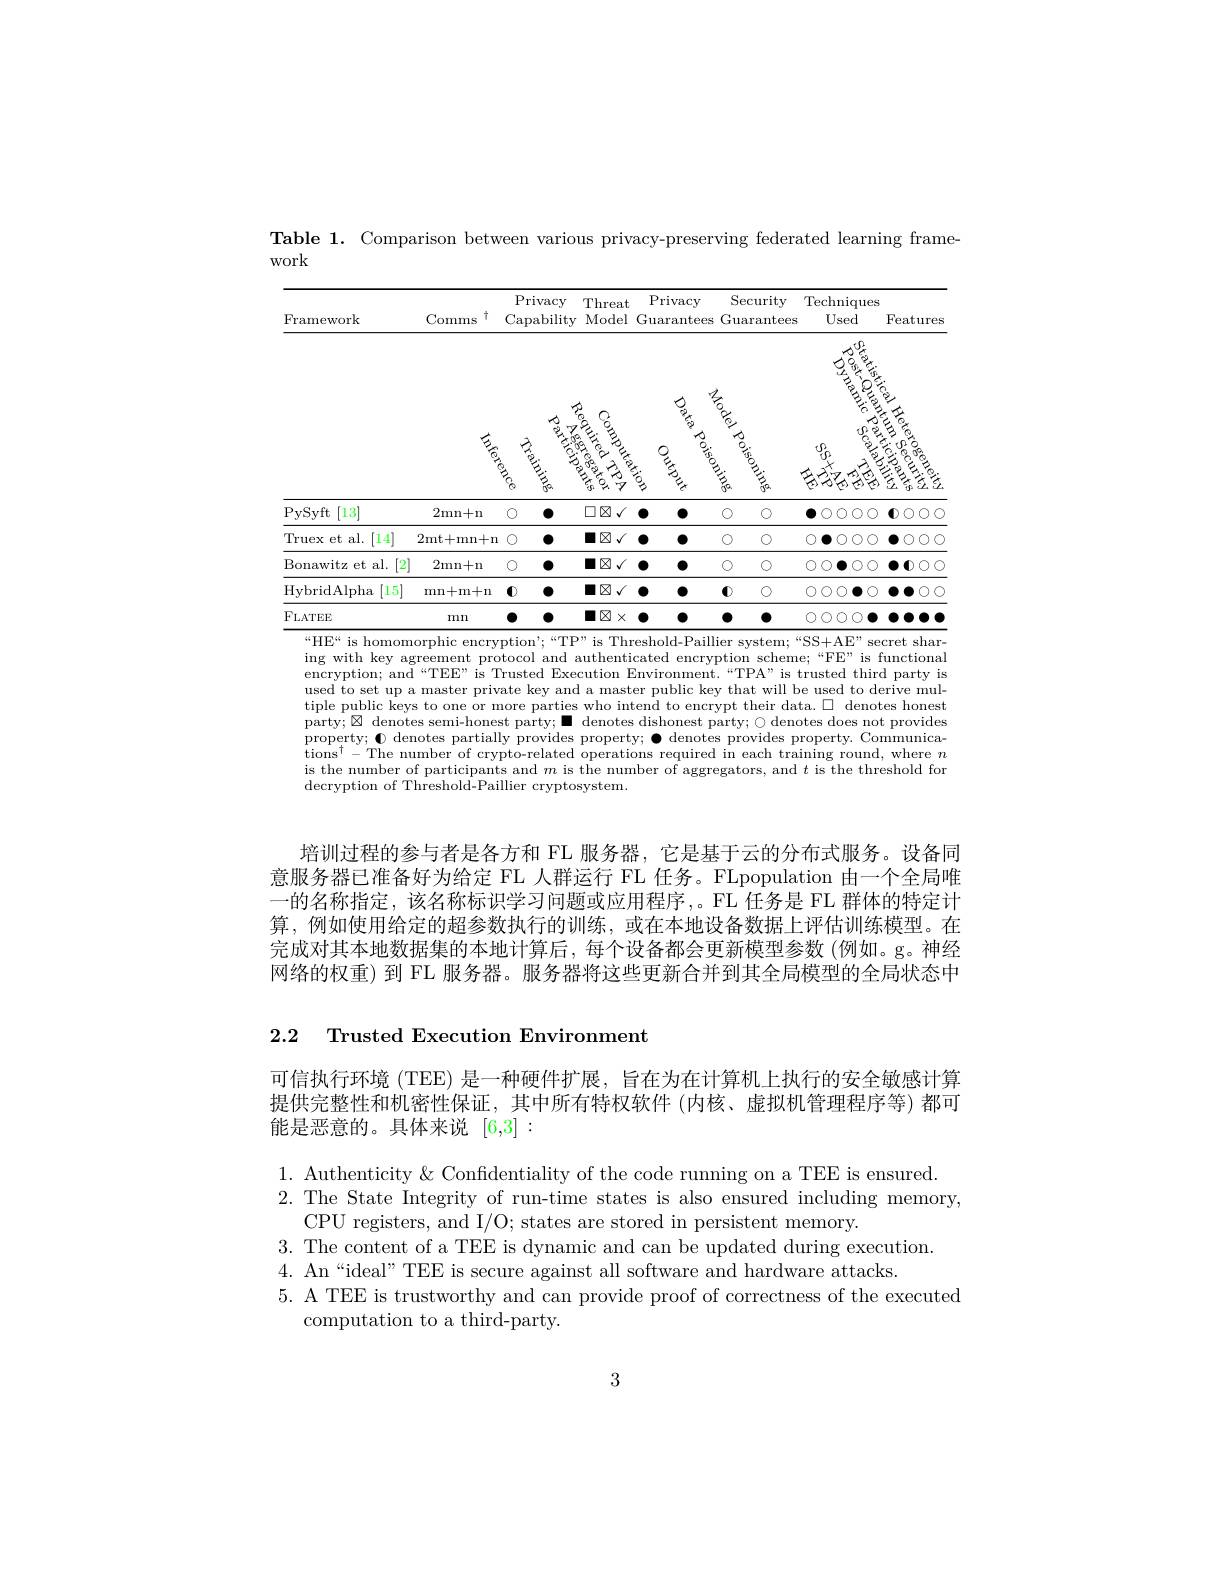
Table 1. Comparison between various privacy-preserving federated learning frame-

work

<table>
	<tbody>
		<tr>
			<th>Framework</th>
			<th>十 Comms</th>
			<th>Priv Capa</th>
			<th>rivacy $\operatorname{apability}$</th>
			<th>$\operatorname{Threat}$ Model</th>
			<th>Privacy Guarantees</th>
			<th>Privacy Guarantees</th>
			<th>Security Guarantees</th>
			<th>$\operatorname{Techniques}$ Used</th>
			<th>S Features</th>
		</tr>
		<tr>
			<td> </td>
			<td>$\angle AC$</td>
			<td> </td>
			<td>$\textcircled{\circ}_{2}$</td>
			<td>$\stackrel{\circ}{\div}$ $\%.$</td>
			<td>$\stackrel{\textcircled{2}}{\operatorname*{\operatorname*{\operatorname*{\operatorname*{S}}}}}_{\stackrel{2}{\operatorname*{\operatorname*{S}}}}_{\stackrel{2}{\operatorname*{\operatorname*{S}}}}$</td>
			<td>$\stackrel{\textcircled{2}}{\operatorname*{\operatorname*{\operatorname*{s}}}}_{\stackrel{2}{\operatorname*{s}}}$</td>
			<td>$\stackrel{\circ}{\sim}$</td>
			<td>$\sum_{n=1}^{\infty}\frac{1}{2}$ $f$</td>
			<td> 高</td>
		</tr>
		<tr>
			<td> </td>
			<td>55</td>
			<td>意 </td>
			<td>$\frac{8}{2}$ 意意</td>
			<td> 三亮 $C_{\mathrm{fr}}$ 1</td>
			<td>$\stackrel{\circ}{\operatorname*{\operatorname*{\longrightarrow}}}\frac{\partial}{\partial_{\xi}}$ $等$ $等$</td>
			<td> $等$ $当$</td>
			<td> 宗</td>
			<td>- $\underset{i}{\operatorname*{\operatorname*{U}}}^{11}{\operatorname*{U}}_{j}^{2}$ 台湾台湾</td>
			<td>$r2$ $cy$ 不 黑 豆豆豆 柒幺子 一 T</td>
		</tr>
		<tr>
			<td>PySyft [13]</td>
			<td>2mn+n</td>
			<td>0</td>
			<td>0</td>
			<td>$\square\boxtimes\checkmark$</td>
			<td>$\bullet$ $\bullet$</td>
			<td>$\bullet$ $\bullet$</td>
			<td>$O$ $O$</td>
			<td>$\bullet\bigcirc\bigcirc\bigcirc\bigcirc$</td>
			<td>$\mathbf{0}\circ\circ$C</td>
		</tr>
		<tr>
			<td>[14] Truex et al.</td>
			<td>2mt+mn+m</td>
			<td>0</td>
			<td>0</td>
			<td>口区√</td>
			<td>0 0</td>
			<td>$\bullet$ 0</td>
			<td>$O$ $O$</td>
			<td>$\bigcirc\bullet\bigcirc\bigcirc\bigcirc$</td>
			<td>$\bullet\bigcirc\bigcirc\bigcirc\bigcirc$ </td>
		</tr>
		<tr>
			<td>Bonawitz et al. $[2^{'}$</td>
			<td>2mn+n</td>
			<td>0</td>
			<td>0</td>
			<td>口区√</td>
			<td>0 0</td>
			<td>0 0</td>
			<td>$O$ O</td>
			<td>$\bigcirc\bigcirc\bullet\bigcirc\bigcirc$</td>
			<td>$\bullet\mathbf{0}\circ\mathbb{C}$</td>
		</tr>
		<tr>
			<td>[15] HybridAlpha</td>
			<td>mn+ m+ n</td>
			<td>$\mathbf{0}$</td>
			<td>0</td>
			<td>$\blacksquare\boxtimes√$</td>
			<td>$\bullet$ 0</td>
			<td>$\bullet$ 0</td>
			<td>$\textcircled{1}$ $O$</td>
			<td>$\bigcirc\bigcirc\bigcirc\bigcirc\bigcirc$</td>
			<td>$\bullet\bullet\circ C$</td>
		</tr>
		<tr>
			<td>FLATEE</td>
			<td>mn</td>
			<td> </td>
			<td>$a_{2}=\frac{1}{2}$</td>
			<td>$\blacksquare\boxtimes$ $X$</td>
			<td>0 0</td>
			<td>0 0</td>
			<td>0 0</td>
			<td>$OOOO$</td>
			<td>10 $\frac{1}{2}=\frac{1}{2}$</td>
		</tr>
	</tbody>
</table>

“HE“ is homomorphic encryption’“TP” is Threshold-Paillier system;“SS+AE” secret shar-

ing with key agreement protocol and authenticated encryption scheme;“FE” is functional encryption; and“TEE” is Trusted Execution Environment.“TPA” is trusted third party is used to set up a master private key and a master public key that will be used to derive multiple public keys to one or more parties who intend to encrypt their data. $\square$ denotes honest party; $\boxtimes$ denotes semi-honest party; denotes dishonest party; $\bigcirc$denotes does not provides property; 0 denotes partially provides property; $\bullet$ denotes provides property. Communications$^\dagger-$The number of crypto-related operations required in each training round, where $n$ is the number of participants and $m$ is the number of aggregators, and $t$ is the threshold for decryption of Threshold-Paillier cryptosystem.

培训过程的参与者是各方和 FL 服务器，它是基于云的分布式服务。设备同意服务器已准备好为给定 FL 人群运行 FL 任务。FLpopulation 由一个全局唯一的名称指定，该名称标识学习问题或应用程序，。FL 任务是 FL 群体的特定计算，例如使用给定的超参数执行的训练，或在本地设备数据上评估训练模型。在完成对其本地数据集的本地计算后，每个设备都会更新模型参数(例如。g。神经网络的权重) 到 FL 服务器。服务器将这些更新合并到其全局模型的全局状态中

2.2 Trusted Execution Environment

可信执行环境 (TEE) 是一种硬件扩展，旨在为在计算机上执行的安全敏感计算提供完整性和机密性保证，其中所有特权软件(内核、虚拟机管理程序等)都可能是恶意的。具体来说[6,3]:

1. Authenticity& Confidentiality of the code running on a TEE is ensured.
2. The State Integrity of run-time states is also ensured including memory,
CPU registers, and I/O; states are stored in persistent memory.
3. The content of a TEE is dynamic and can be updated during execution.
4. An“ideal”TEE is secure against all software and hardware attacks.
5. A TEE is trustworthy and can provide proof of correctness of the executed
computation to a third-party.

3